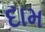
દામ